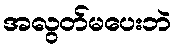
အလွတ်မပေးဘဲ